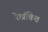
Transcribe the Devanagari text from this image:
रेखंकित